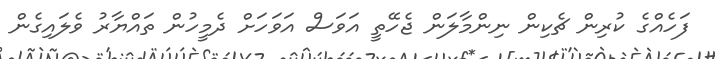
ފަހެއްގެ ކުރިން ޗެކިން ނިންމާލަން ޖެހޭތީ އަވަސް އަވަހަށް ދެމީހުން ތައްޔާރު ވެލައިގެން